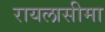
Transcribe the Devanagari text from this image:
रायलासीमा